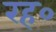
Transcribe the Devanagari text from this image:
रह०